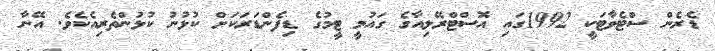
ޑެރެން ސްޓެވާޓަކީ 1992ގައި އޮސްޓްރޭލިއާގެ ގައުމީ ޓީމުގެ ޑިފެންޑަރަކަށް ކުޅުނު ކުޅުންތެރިއެކެވެ. އޭނާ